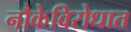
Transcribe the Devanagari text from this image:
नौकेविरोधात